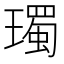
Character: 㻿